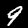
Digit: 9